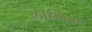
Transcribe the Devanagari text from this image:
लार्डलेक